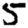
Digit: 5